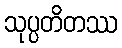
သုပ္ပတိတဿ